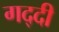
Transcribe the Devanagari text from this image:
गद्‍दी